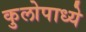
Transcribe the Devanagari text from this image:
कुलोपाध्ये